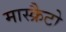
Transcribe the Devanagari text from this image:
मास्क्रैटो